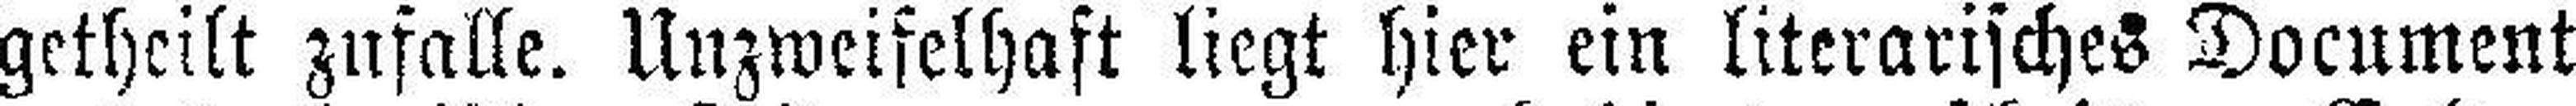
getheilt zufalle. Unzweifelhaft liegt hier ein literarisches Document